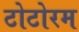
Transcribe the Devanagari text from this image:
टोटोरम